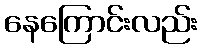
နေကြောင်းလည်း